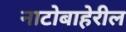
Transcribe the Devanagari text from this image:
नाटोबाहेरील